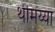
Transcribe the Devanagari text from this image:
थीमय्या